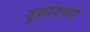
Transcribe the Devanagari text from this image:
युक्रांदच्या